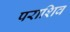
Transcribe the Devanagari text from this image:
पराशिव